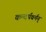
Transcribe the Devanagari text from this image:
कन्दर्पवर्मन्